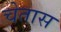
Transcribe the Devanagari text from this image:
चेतास